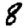
Digit: 8